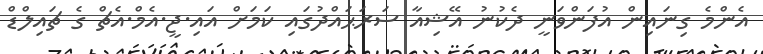
އެންމެ ގިނައިން އުފަންވަނީ ދެކުނު އޭޝިއާ ސަރަޙައްދުގައި ކަމަށް އައި.ޖީ.އެމް.އެޗް ގެ ޗައިލްޑް